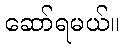
ဆော်ရမယ်။